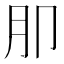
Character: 𭨤